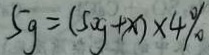
5 g = ( 5 0 g + x ) \times 4 \%